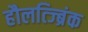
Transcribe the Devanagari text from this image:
हौलत्ज्ब्रिंक